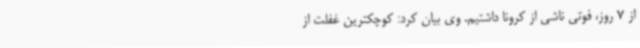
از 7 روز، فوتی ناشی از کرونا داشتیم. وی بیان کرد: کوچکترین غفلت از